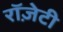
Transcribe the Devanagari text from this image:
रॉज़ेटी